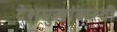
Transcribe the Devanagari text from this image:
देशमुखांकरवी